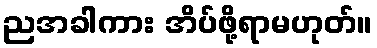
ညအခါကား အိပ်ဖို့ရာမဟုတ်။